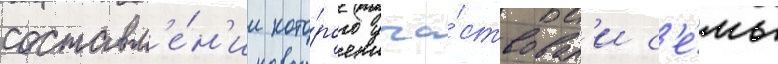
составл'е́н'ии кото́рого уча́ствовал'и с'е́мь